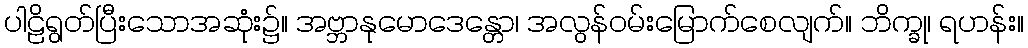
ပါဠိရွတ်ပြီးသောအဆုံး၌။ အဗ္ဘာနုမောဒေန္တော၊ အလွန်ဝမ်းမြောက်စေလျက်။ ဘိက္ခု၊ ရဟန်း။